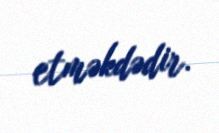
etməkdədir.